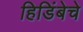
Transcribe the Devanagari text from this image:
हिडिंबेचे